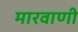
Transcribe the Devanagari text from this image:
मारवाणी